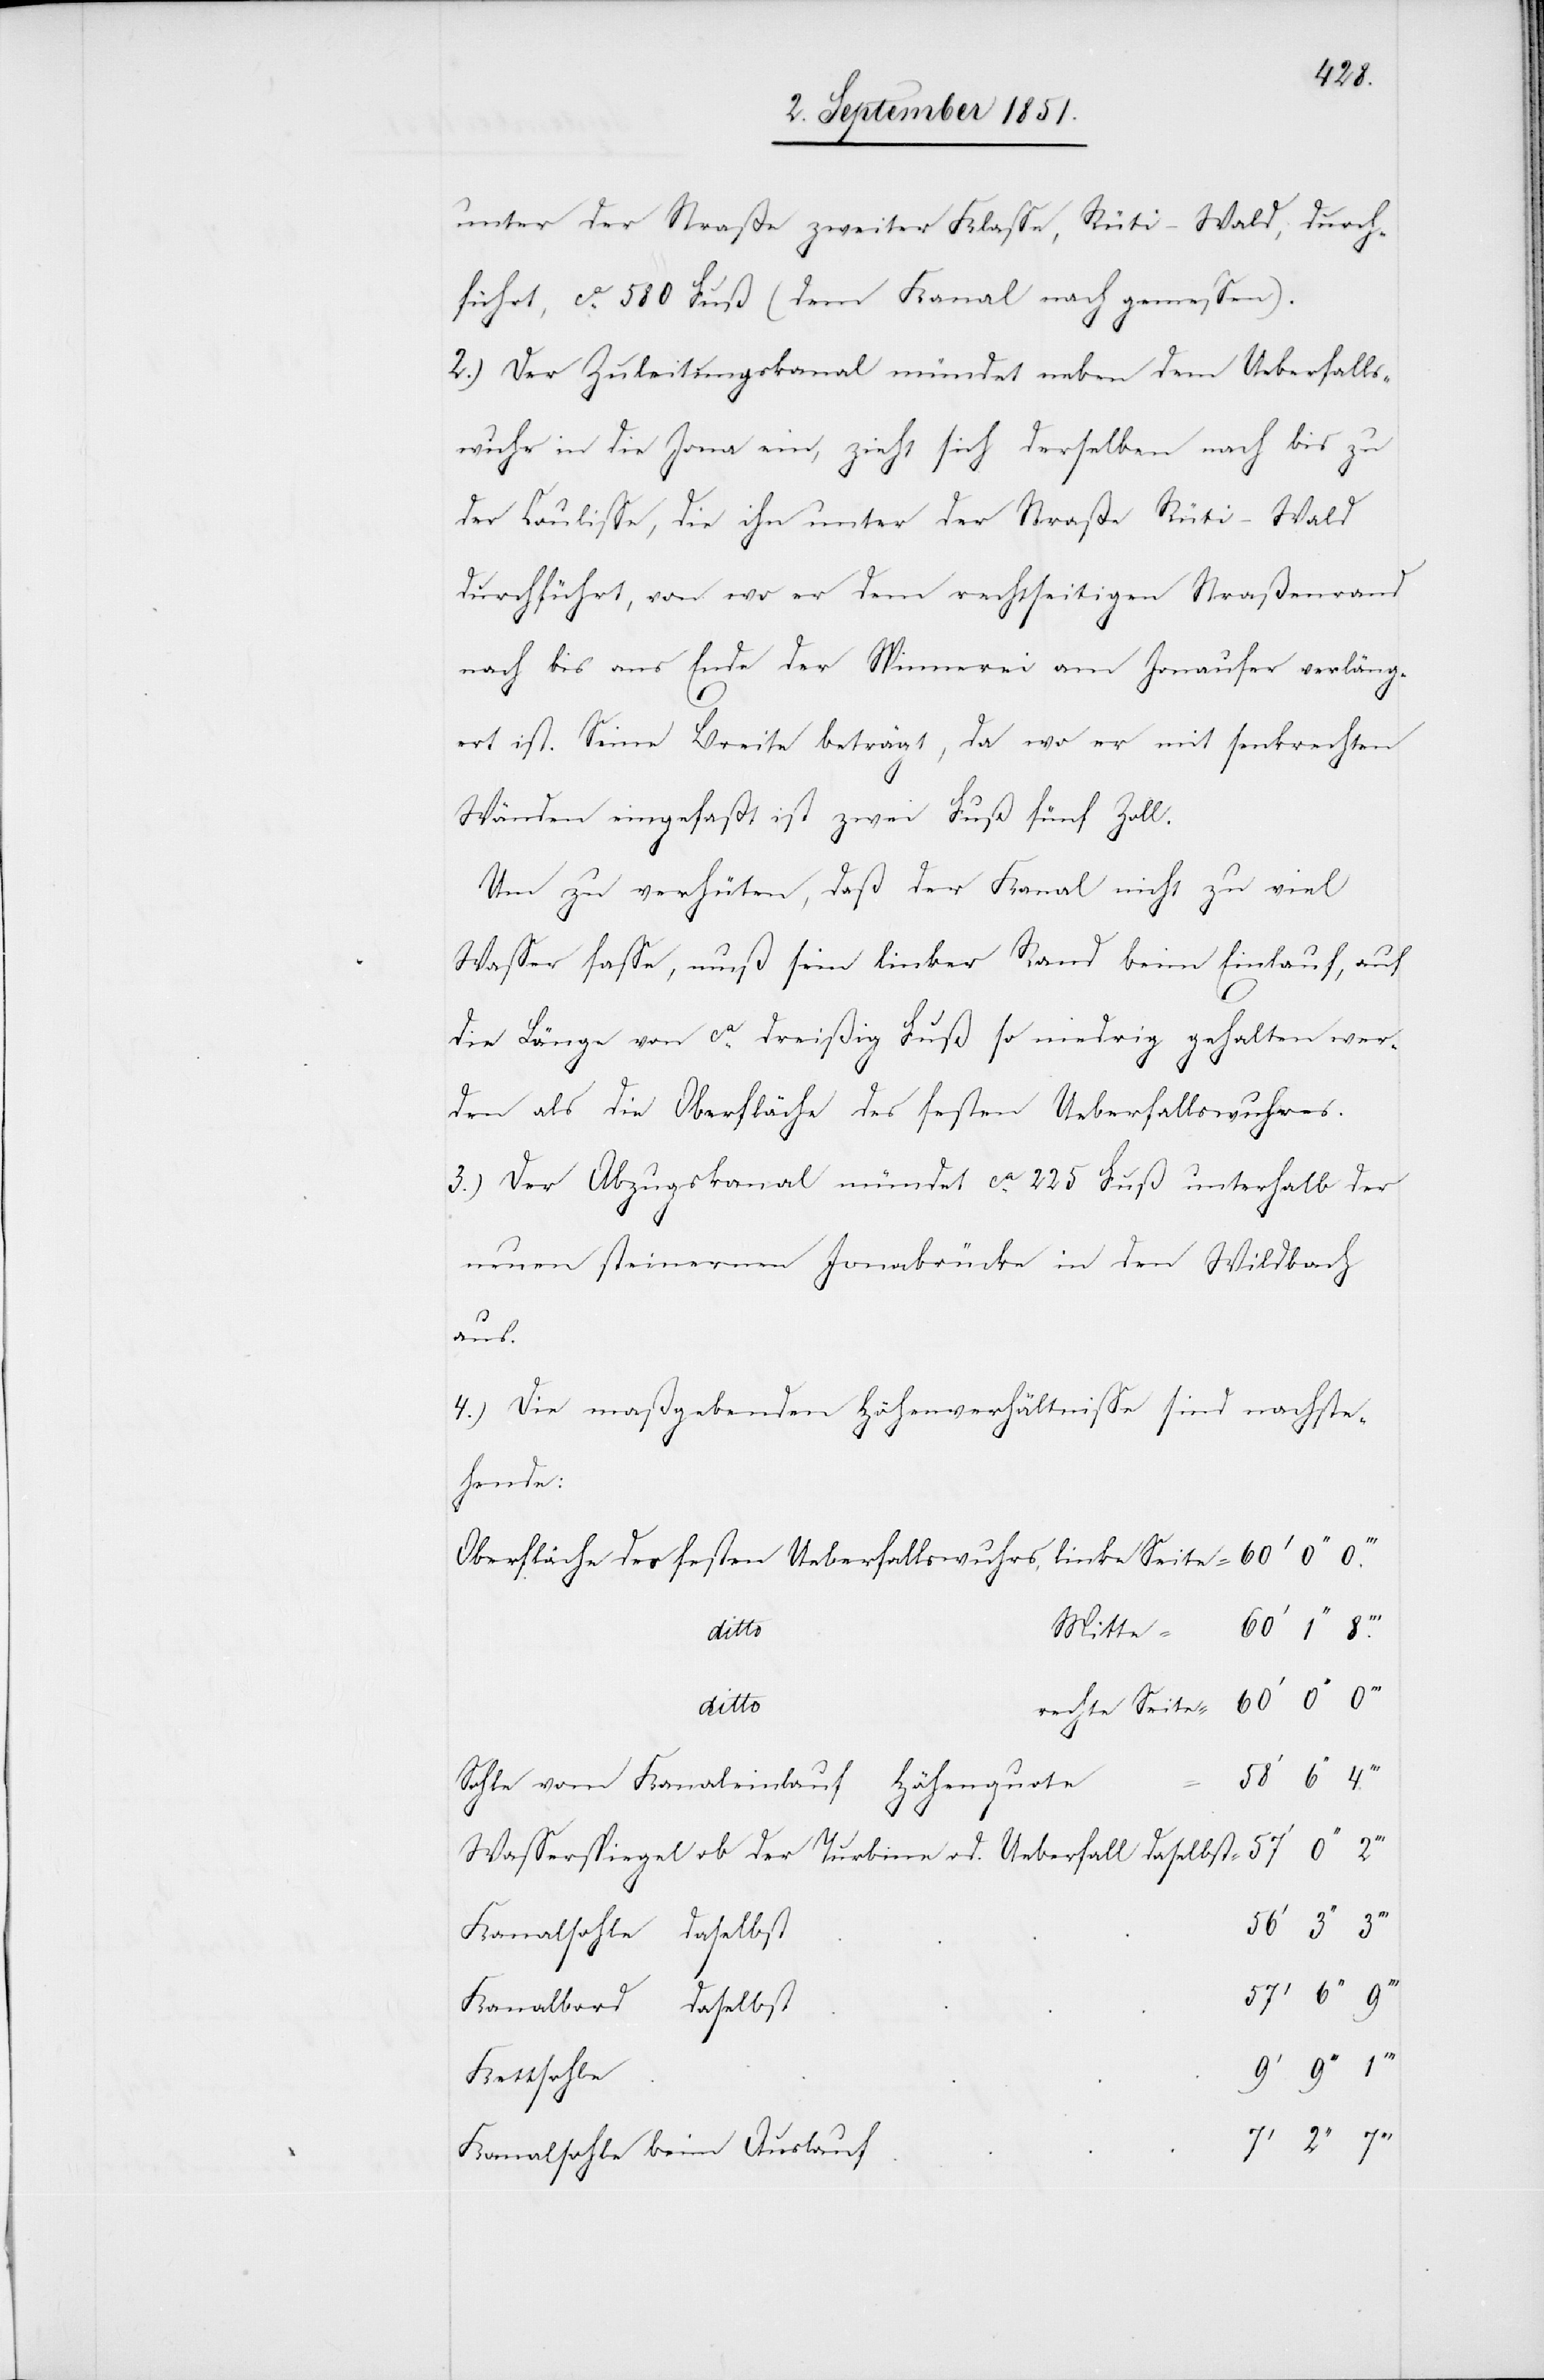
unter der Straße zweiter Klasse, Rüti–Wald, durch¬
führt, ca. 580 Fuß (dem Kanal nach gemessen).
Der Zuleitungskanal mündet neben dem Ueberfalls¬
wuhr in die Jona ein, zieht sich derselben nach bis zu
der Coulisse, die ihn unter der Straße Rüti–Wald
durchführt, von wo er dem rechtseitigen Straßenrand
nach bis ans Ende der Spinnerei am Jonaufer verläng¬
ert ist. Seine Breite beträgt, da wo er mit senkrechten
Wänden eingefaßt ist zwei Fuß fünf Zoll.
Um zu verhüten, daß der Kanal nicht zu viel
Wasser fasse, muß sein linker Rand beim Einlauf, auf
die Länge von ca. dreißig Fuß so niedrig gehalten wer¬
den als die Oberfläche des festen Ueberfallswuhres.
Der Abzugskanal mündet ca. 225 Fuß unterhalb der
neuen steinernen Jonabrücke in den Wildbach
aus.
Die maßgebenden Höhenverhältnisse sind nachste¬
hende:
Oberfläche des festen Ueberfallswuhrs, linke Seite =
Mitte
Seite
Sohle vom Kanaleinlauf Höhenquote
Wasserspiegel ob der Turbine od. Ueberfall daselbst =
Kanalsohle daselbst
Kanalbord daselbst
Kettsohle
Kanalsohle beim Auslauf